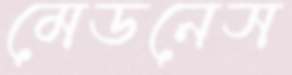
মেডনেস